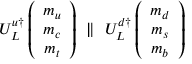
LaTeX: U _ { L } ^ { u \dagger } \left( \begin{array} { c } { { m _ { u } } } \\ { { m _ { c } } } \\ { { m _ { t } } } \end{array} \right) \ \parallel \ U _ { L } ^ { d \dagger } \left( \begin{array} { c } { { m _ { d } } } \\ { { m _ { s } } } \\ { { m _ { b } } } \end{array} \right)